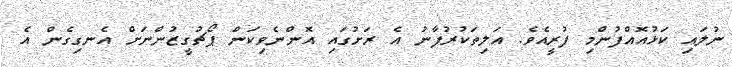
ނުލައި ކަޅުއޮއްފުންމި ފުރީއެވެ. އަލިތަކުރުފާނު އެ ރަށުގައި އޮންނެވިކަން ޕޯޗުގީޒުންނަށް އެނގިގެން އެ